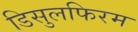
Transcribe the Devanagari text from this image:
डिसुलफिरम